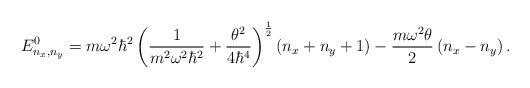
\begin{align*}E^0_{n_x,n_y}=m\omega^{2}\hbar^{2}\left(\frac{1}{m^2 \omega^2\hbar^2}+\frac{\theta^2}{4\hbar^4}\right)^{\frac{1}{2}}\left(n_x+n_y+1\right)-\frac{m\omega^2\theta}{2}\left(n_x-n_y\right).\end{align*}